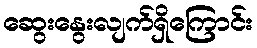
ဆွေးနွေးလျက်ရှိကြောင်း